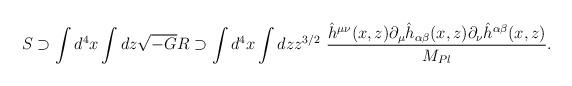
LaTeX: \begin{align*}S \supset \int d^4 x \int dz \sqrt{-G} R \supset\int d^4 x \int dz z^{3/2}~{\hat{h}^{\mu \nu}(x,z) \partial_\mu \hat{h}_{\alpha \beta}(x,z) \partial_\nu \hat{h}^{\alpha \beta}(x,z) \over M_{Pl}}.\end{align*}